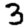
Digit: 3